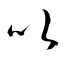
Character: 以